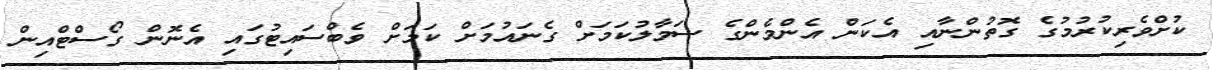
ކުށްވެރިކުރުމުގެ ގޮތުންނާއި އެކަން އެންމެންގެ ސަމާލުކަމަށް ގެނައުމަށް ކަމަށް ވެބްސައިޓުގައި އެނޮން ގޯސްޓްއިން